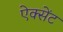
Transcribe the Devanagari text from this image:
ऐक्सेंट